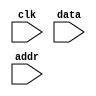
module dummyRAM(
		input 			 clk,
		input [15: 0]  data,
		input [ 4: 0]  addr,
		
		
    );


endmodule